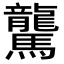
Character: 驡